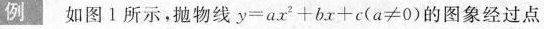
例 如图1所示，抛物线$$y=ax^{2}+bx+c(a≠0)$$的图象经过点